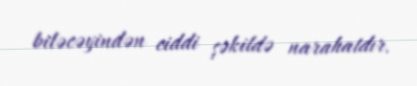
biləcəyindən ciddi şəkildə narahatdır.